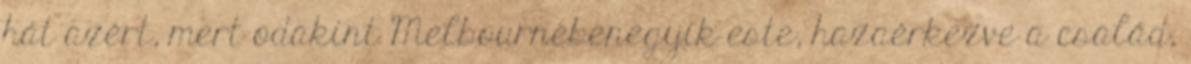
hát azért, mert odakint Melbournebenegyik este, hazaérkezve a család,